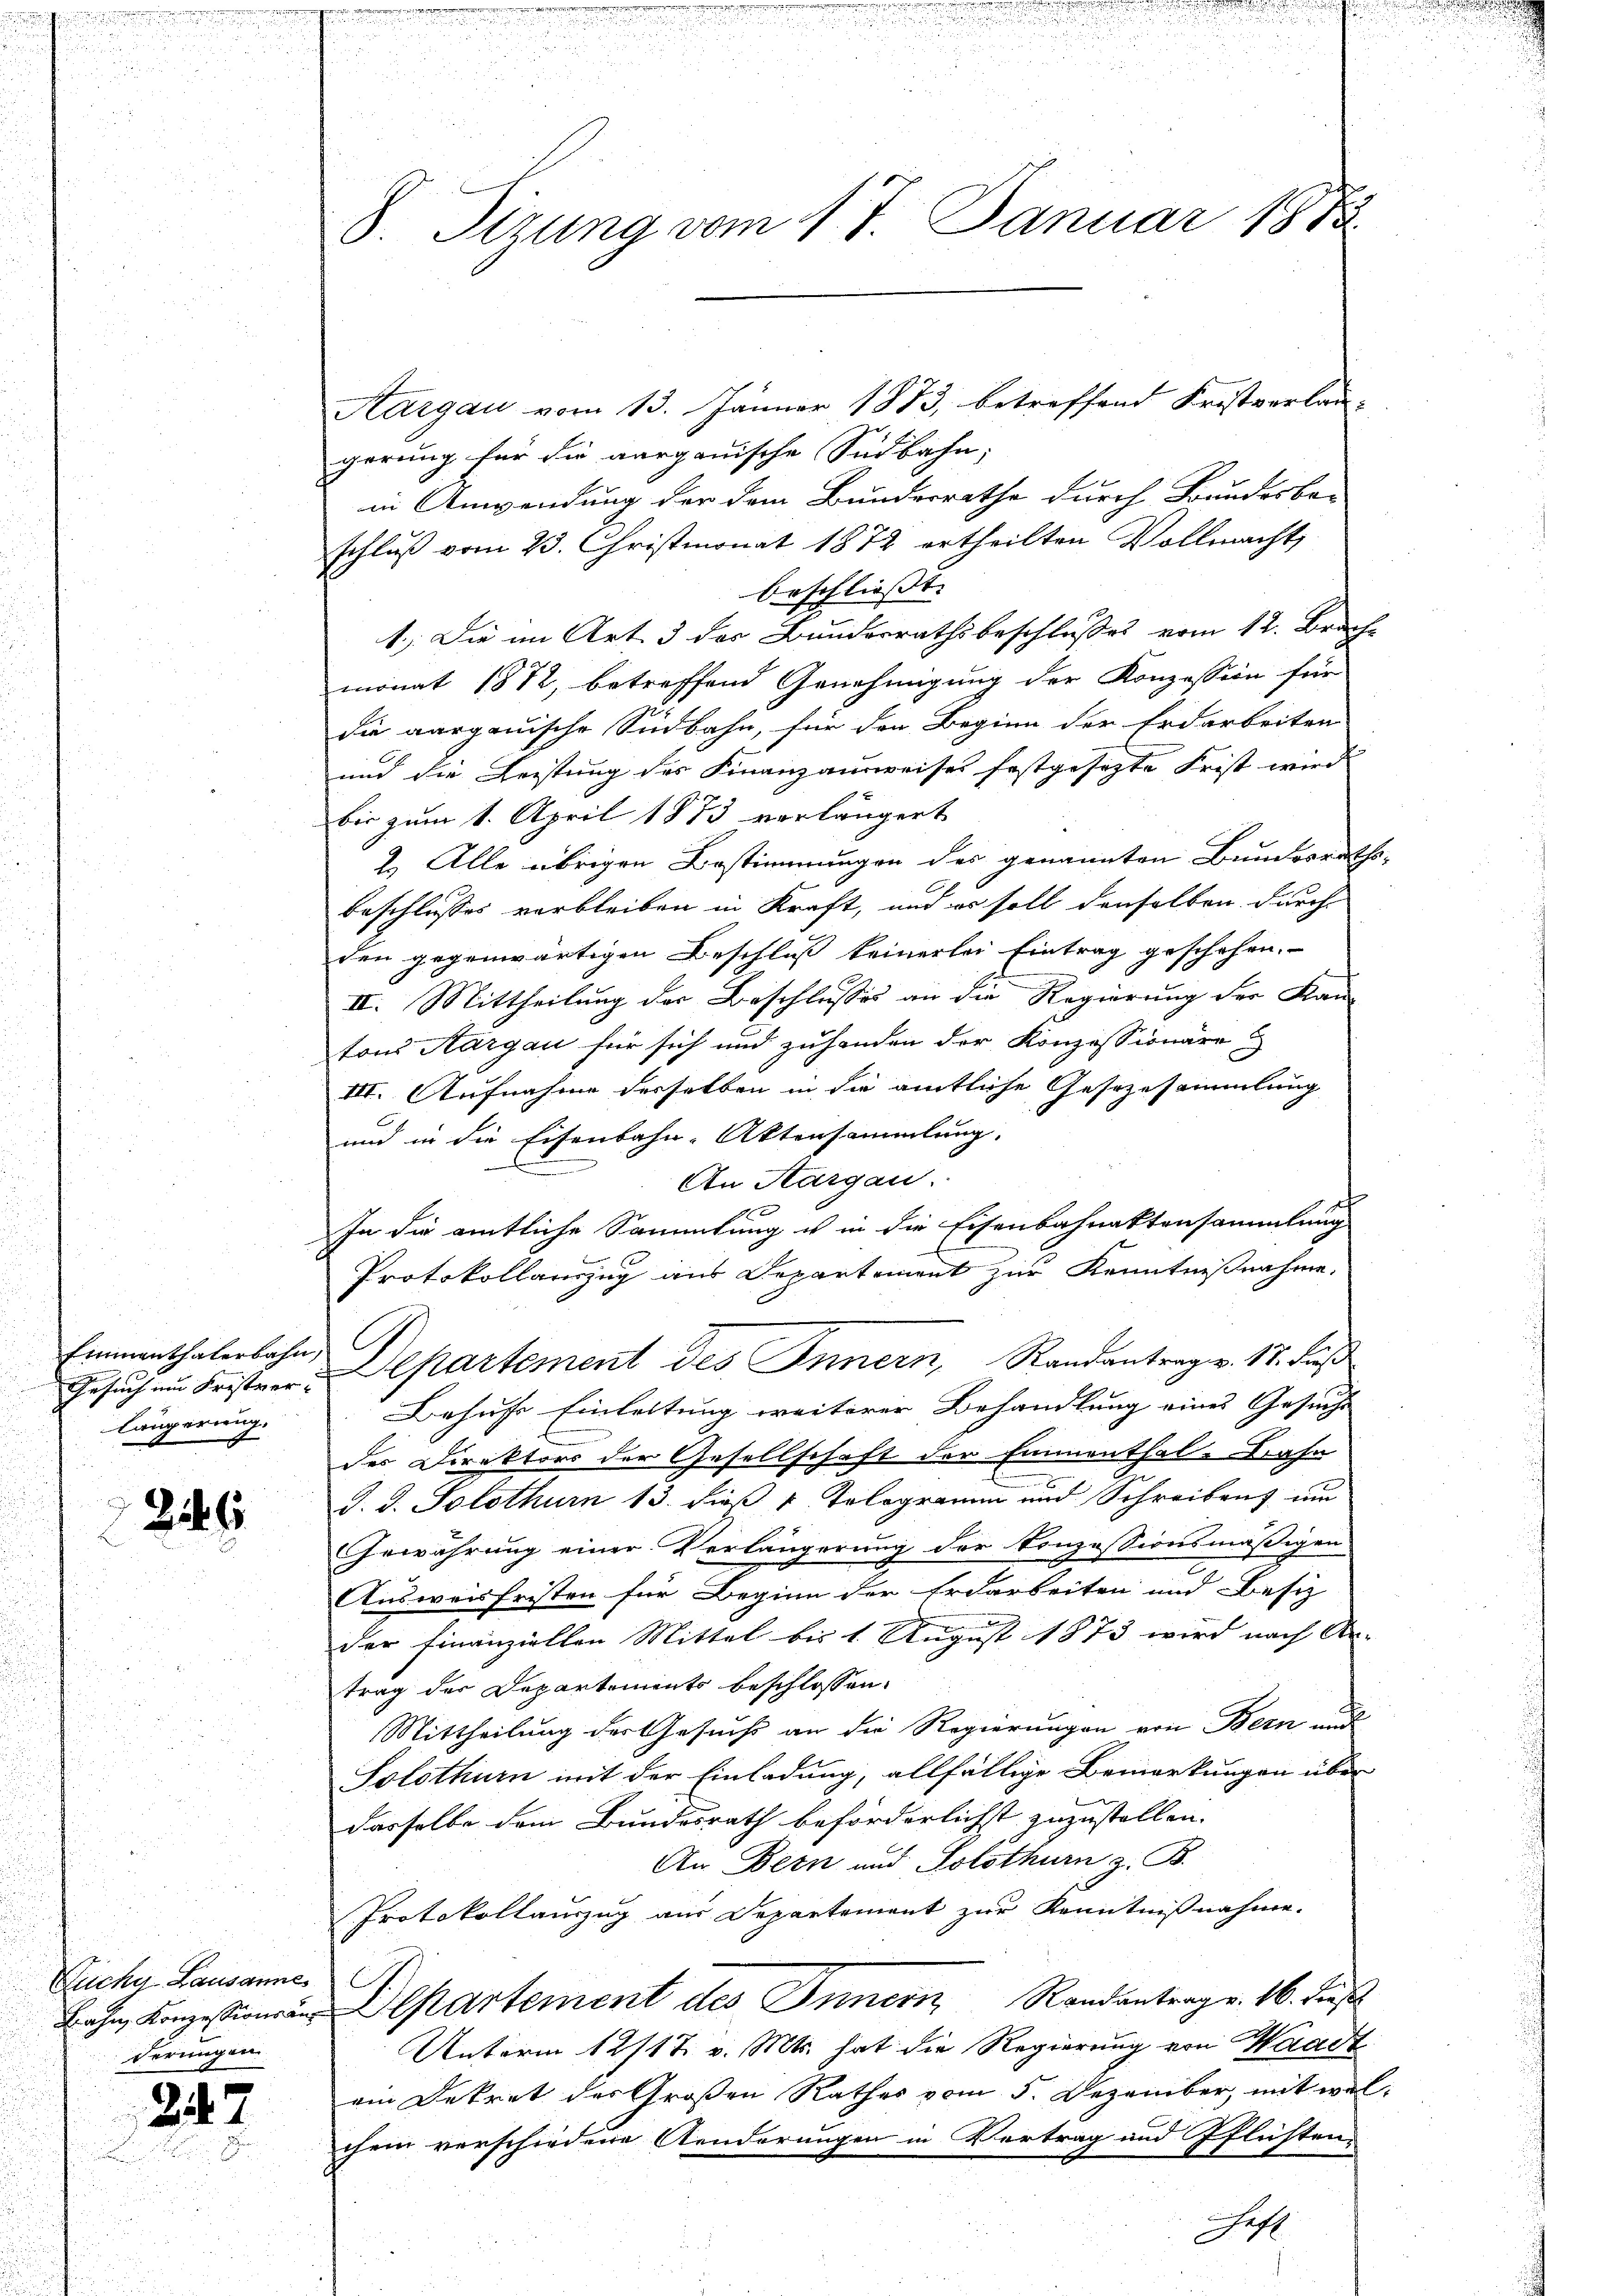
Einmenthalerbahn,
längerung.

2246

Necky Lausanne
derungen.

247

8. Sizung vom 17. Januar 188

Aargau vom 13. Jänner 1873, betreffend Fristverlaugerung für die aargauische Südbahn,
in Anwendung der dem Bundesrathe durch Bundesbe-
schluß vom 23. Christmonat 1872 ertheilten Vollmacht,
beschliesst. |
1.) Die im Art. 3 des Bundesrathsbeschlusses vom 12. Bruch.
monat 1872, betreffend Genehmigung der Konzession für
die aargauische Südbahn, für den Beginn der Erdarbeiten
und die Leistung des Finanzausweises festgesezte Frist wird
bis zum 1. April 1873 verlängert
2.) Alle übrigen Bestimmungen des genannten Bundesraths-
beschlusses verbleiben in Kraft, und er soll denselben durch
den gegenwärtigen Beschluss keinerlei Eintrag geschehen.
II. Mittheilung der Beschlusses an die Regierung der Kan-
tons Aargau für sich und zuhanden der Konzessionäre &
III. Aufnahme derselben in die amtliche Gesezesammlung
und in die Eisenbahn-Aktensammlung.
n
An Aargau.
In die amtliche Sammlung u in die Eisenbahnaktensammlung
Protokollauszug aus Departement zur Kenntnißnahme.
Gesuch am Frister-Departement des Innern, Randantrag v. 17. daß
Behufe Einleitung weiterer Behandlung eines Gesucht
des Direktors der Gesellschaft der Emmenthal-Bahn
E
J. d. Solothur 13. dieß v Tologramm und Schreibens um
Gewährung einer Verlängerung der Konzessionsmäßigen
Ausweisfristen für Beginn der Erdarbeiten und Besiz |
e
der Finanziellen Mittel bis 1. August 1873 wird nach An- |
trag der Departements beschlossen:
Mittheilung der Gesuchs an die Regierungen von Bern und
Solothurn mit der Einladung, allfällige Bemerkungen über
dasselbe dem Bundesrath beförderlichst zuzustellen. |
An Dein und Solothurn z. B.
Protokollauszug aus Departement zur Kenntnißnahme.
E
 Departement des Innern Randantrage. 16. dieß
Unterm 12/12. v. Mts. hat die Regierung von Waadt
ein Dekret des Großen Rathes vom 5. Dezember, mit welchem verschiedene Aenderungen in Vertrag und Pflichten-
est